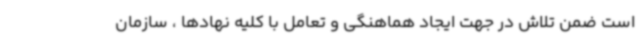
است ضمن تلاش در جهت ایجاد هماهنگی و تعامل با کلیه نهادها ، سازمان